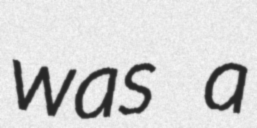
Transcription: was a